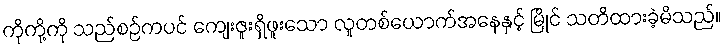
ကိုကို့ကို သည်စဉ်ကပင် ကျေးဇူးရှိဖူးသော လူတစ်ယောက်အနေနှင့် မြိုင် သတိထားခဲ့မိသည်။